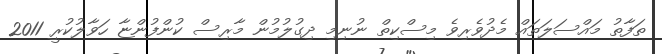
ތަފާތު މައްސަލަތައް މެދުވެރިވެ މިސްކިތް ނުނިމި ދިގުލުމުން މާރިސް ކުންފުންޏާ ހަވާލުކުރީ 2011